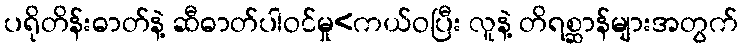
ပရိုတိန်းဓာတ်နဲ့ ဆီဓာတ်ပါဝင်မှု<ကယ်ဝပြီး လူနဲ့ တိရစ္ဆာန်များအတွက်